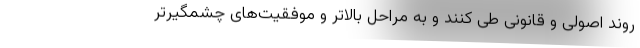
روند اصولی و قانونی طی کنند و به مراحل بالاتر و موفقیت‌های چشمگیرتر